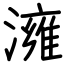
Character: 澭